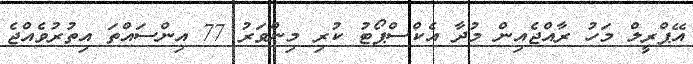
އޭޕްރީލް މަހު ރާއްޖެއިން މުދާ އެކްސްޕޯޓު ކުރި މިންވަރު 77 އިންސައްތަ އިތުރުވެއްޖެ